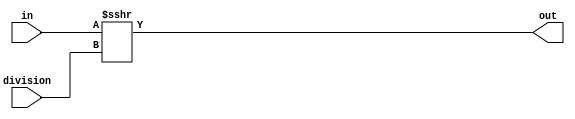
module AmplitudeSelector(output[7:0]out,input[1:0]division, input[7:0]in);
	assign out = in >>> division;
endmodule